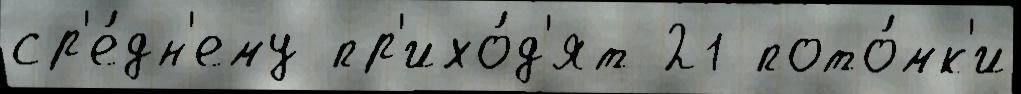
ср'е́дн'ему пр'ихо́д'ят 21 пото́мк'и